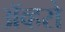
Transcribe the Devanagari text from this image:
ॲव्हरो